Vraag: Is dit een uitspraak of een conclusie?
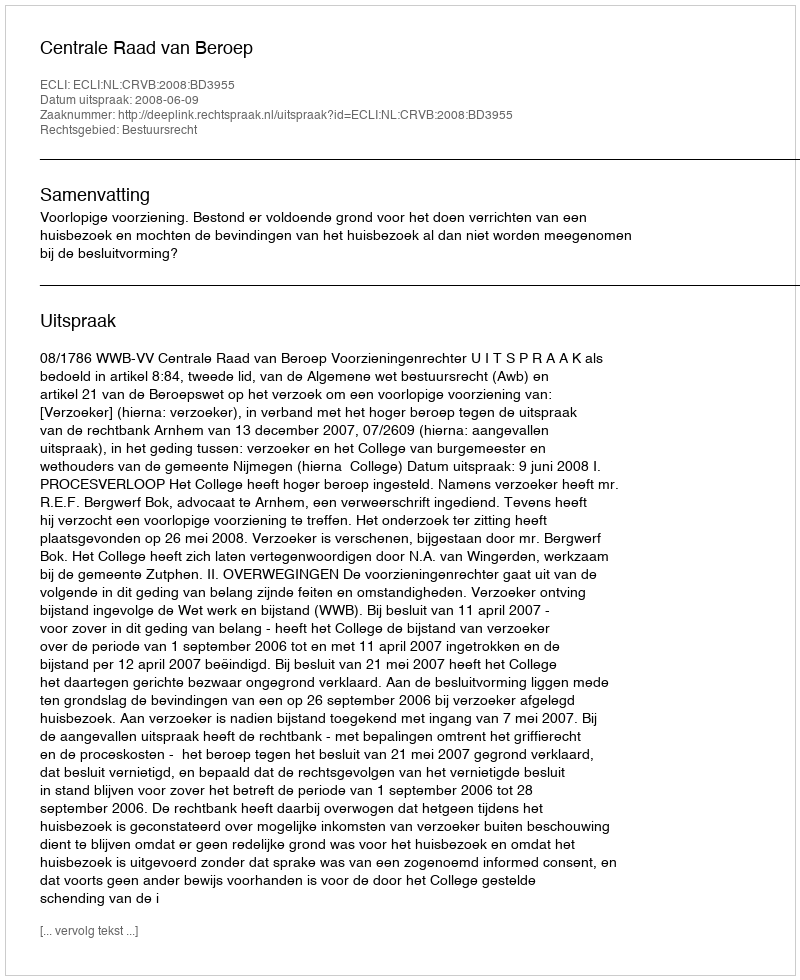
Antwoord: Uitspraak